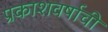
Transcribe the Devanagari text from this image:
प्रकाशवर्षाची